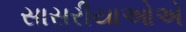
સાસરીયાઓએ